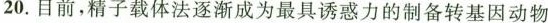
20.目前，精子载体法逐渐成为最具诱惑力的制备转基因动物